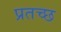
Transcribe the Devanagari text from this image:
प्रतच्छ